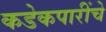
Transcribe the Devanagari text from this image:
कडेकपारींचे